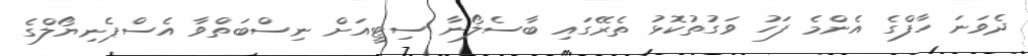
ދެވަނަ ހާފްގެ އެންމެ ފަހު ވަގުތުކޮޅު ތެރޭގައި ބާސެލޯނާ ސިޓީއަށް ނިސްބަތްވާ އެސްޕެނިޔޯލްގެ